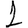
Digit: 1